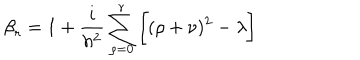
{ \beta } _ { r } = 1 + \frac { i } { h ^ { 2 } } \sum _ { \rho = 0 } ^ { r } \bigg [ ( \rho + \nu ) ^ { 2 } - \lambda \bigg ]